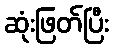
ဆုံးဖြတ်ပြီး